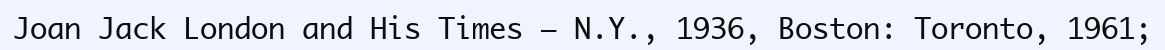
Joan Jack London and Hіs Tіmes — N.Y., 1936, Boston: Toronto, 1961;